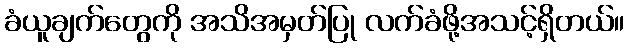
ခံယူချက်တွေကို အသိအမှတ်ပြု လက်ခံဖို့အသင့်ရှိတယ်။